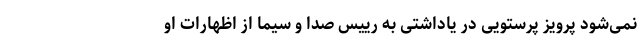
نمی‌شود پرویز پرستویی در یاداشتی به رییس صدا و سیما از اظهارات او